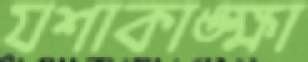
যশাকাঙ্ক্ষা